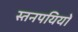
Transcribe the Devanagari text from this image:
स्तनपयियों